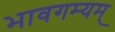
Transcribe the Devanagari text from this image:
भावगम्यम्